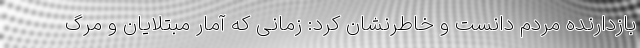
بازدارنده مردم دانست و خاطرنشان کرد: زمانی که آمار مبتلایان و مرگ